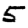
Digit: 5